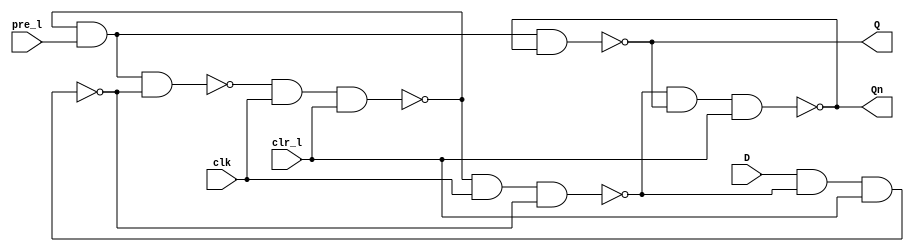
module D_posedge_async(output Q, Qn, input clr_l, pre_l, D, clk);
	wire [3:0]n_out; /* level 1 nand outputs */

	/* level 1 nands */
	nand 	lnand0(n_out[0], pre_l, n_out[1], n_out[3]),
		lnand1(n_out[1], n_out[0], clk, clr_l),
		lnand2(n_out[2], n_out[1], clk, n_out[3]),
		lnand3(n_out[3], D, n_out[2], clr_l);

	/* level 2 nands */
	nand    unand0(Q, n_out[1], pre_l, Qn),
		unand1(Qn, n_out[2], Q, clr_l);

endmodule